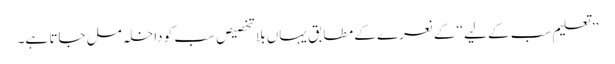
’’ تعلیم سب کے لیے ‘‘کے نعرے کے مطابق یہاں بلا تخصیص سب کو داخلہ مل جاتا ہے۔